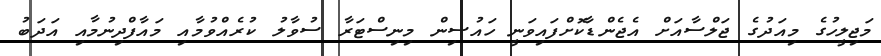
މަޖިލީހުގެ މިއަދުގެ ޖަލްސާއަށް އެޖެންޑާކޮށްފައިވަނީ ހައުސިން މިނިސްޓަރާ ސުވާލު ކުރެއްވުމާއި މައާފްދިނުމާއި އަދަބު